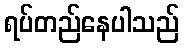
ရပ်တည်နေပါသည်